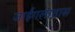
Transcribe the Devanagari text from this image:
जाईगलातास